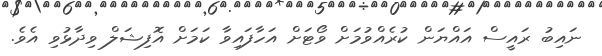
ނައިބު ރައީސް އައްޔަން ކުރެއްވުމަށް ވޯޓަށް އަހާފައިވާ ކަމަށް އޮފިޝަލް ވިދާޅުވި އެވެ.